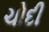
ચોદી